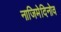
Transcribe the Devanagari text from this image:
नाजिमेदिनोव